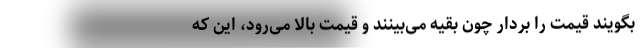
بگویند قیمت را بردار چون بقیه می‌بینند و قیمت بالا می‌رود، این که